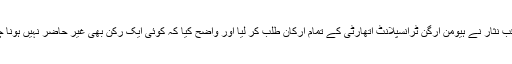
چیف جسٹس پاکستان جسٹس میاں ثاقب نثار نے ہیومن آرگن ٹرانسپلانٹ اتھارٹی کے تمام ارکان طلب کر لیا اور واضح کیا کہ کوئی ایک رکن بھی غیر حاضر نہیں ہونا چاہئے سب کو اطلاع دے دی جائے۔